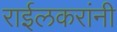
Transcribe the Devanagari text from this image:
राईलकरांनी